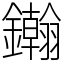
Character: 𨯪